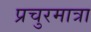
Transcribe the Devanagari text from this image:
प्रचुरमात्रा